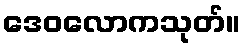
ဒေဝလောကသုတ်။